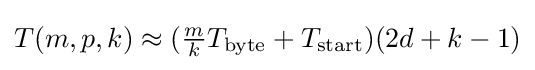
{\textstyle T(m,p,k)\approx ({\frac {m}{k}}T_{\text{byte}}+T_{\text{start}})(2d+k-1)}